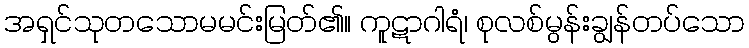
အရှင်သုတသောမမင်းမြတ်၏။ ကူဋာဂါရံ၊ စုလစ်မွန်းချွန်တပ်သော